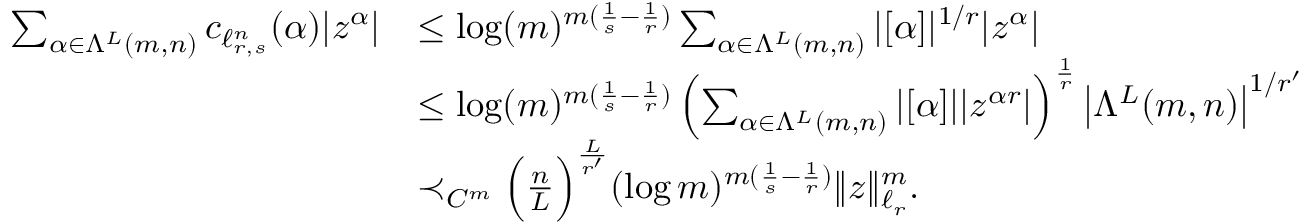
\begin{array} { r l } { \sum _ { \alpha \in \Lambda ^ { L } ( m , n ) } c _ { \ell _ { r , s } ^ { n } } ( \alpha ) | z ^ { \alpha } | } & { \le \log ( m ) ^ { m ( \frac 1 { s } - \frac 1 { r } ) } \sum _ { \alpha \in \Lambda ^ { L } ( m , n ) } | [ \alpha ] | ^ { 1 / r } | z ^ { \alpha } | } \\ & { \le \log ( m ) ^ { m ( \frac 1 { s } - \frac 1 { r } ) } \left( \sum _ { \alpha \in \Lambda ^ { L } ( m , n ) } | [ \alpha ] | | z ^ { \alpha r } | \right) ^ { \frac { 1 } { r } } \left| \Lambda ^ { L } ( m , n ) \right| ^ { 1 / r ^ { \prime } } } \\ & { \prec _ { C ^ { m } } \Big ( \frac { n } { L } \Big ) ^ { \frac { L } { r ^ { \prime } } } ( \log m ) ^ { m ( \frac 1 { s } - \frac 1 { r } ) } \| z \| _ { \ell _ { r } } ^ { m } . } \end{array}